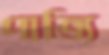
পাত্যি